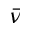
\bar { \nu }